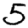
Digit: 5